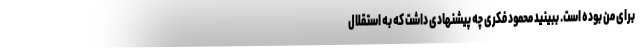
برای من بوده است. ببینید محمود فکری چه پیشنهادی داشت که به استقلال